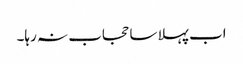
اب پہلا سا حجاب نہ رہا۔